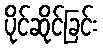
ပိုင်ဆိုင်ခြင်း